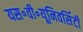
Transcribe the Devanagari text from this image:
यस॰वी॰यूनिवर्सिटी